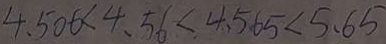
4 . 5 0 6 < 4 . 5 6 < 4 . 5 6 5 < 5 . 6 5